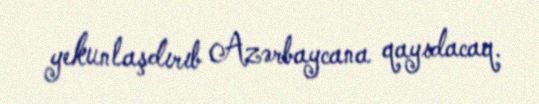
yekunlaşdırıb Azərbaycana qayıdacaq.